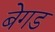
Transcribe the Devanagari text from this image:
बेगड